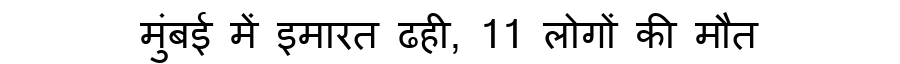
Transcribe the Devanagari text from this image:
मुंबई में इमारत ढही, 11 लोगों की मौत